Applicability to medico-legal practice in India of the biochemical tests for the origin of blood-stains - Number 39
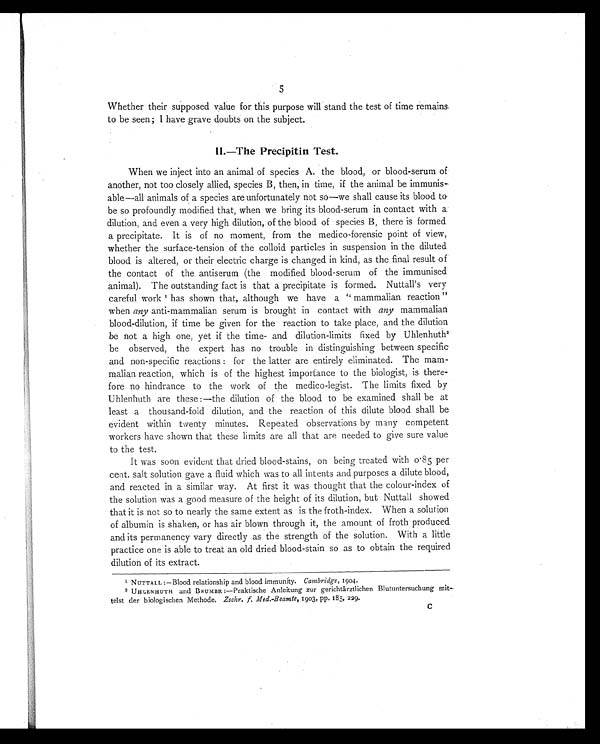
5
Whether their supposed value for this purpose will stand the test of time remains
to be seen; I have grave doubts on the subject.
II.—The Precipitin Test.
When we inject into an animal of species A. the blood, or blood-serum of
another, not too closely allied, species B, then, in time, if the animal be immunis-
able—all animals of a species are unfortunately not so—we shall cause its blood to
be so profoundly modified that, when we bring its blood-serum in contact with a
dilution, and even a very high dilution, of the blood of species B, there is formed
a precipitate. It is of no moment, from the medico-forensic point of view,
whether the surface-tension of the colloid particles in suspension in the diluted
blood is altered, or their electric charge is changed in kind, as the final result of
the contact of the antiserum (the modified blood-serum of the immunised
animal). The outstanding fact is that a precipitate is formed. Nuttall's very
careful work 1h a s s h o w n t h a t , a l t h o u g h w e h a v e a " m a m m a l i a n r e a c t i o n "
when any anti-mammalian serum is brought in contact with any mammalian
blood-dilution, if time be given for the reaction to take place, and the dilution
be not a high one, yet if the time- and dilution-limits fixed by Uhlenhuth 2
be observed, the expert has no trouble in distinguishing between specific
and non-specific reactions: for the latter are entirely eliminated. The mam-
malian reaction, which is of the highest importance to the biologist, is there-
fore no hindrance to the work of the medico-legist. The limits fixed by
Uhlenhuth are these:—the dilution of the blood to be examined shall be at
least a thousand-fold dilution, and the reaction of this dilute blood shall be
evident within twenty minutes. Repeated observations by many competent
workers have shown that these limits are all that are needed to give sure value
to the test.
It was soon evident that dried blood-stains, on being treated with 0.85 per
cent. salt solution gave a fluid which was to all intents and purposes a dilute blood,
and reacted in a similar way. At first it was thought that the colour-index of
the solution was a good measure of the height of its dilution, but Nuttall showed
that it is not so to nearly the same extent as is the froth-index. When a solution
of albumin is shaken, or has air blown through it, the amount of froth produced.
and its permanency vary directly as the strength of the solution. With a little
practice one is able to treat an old dried blood-stain so as to obtain the required
dilution of its extract.
1 NUTTALL:—Blood relationship and blood immunity. Cambridge , 1904.
2 UHLENHUTH and BEUMBR:—Praktische Anleitung zur gerichtärztlichen Blutuntersuchung mit-
telst der biologischen Methode. Zschr. f. Med.-Beamte, 1903, pp. 185, 229.